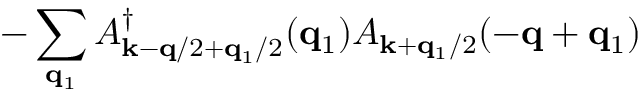
- \sum _ { { \bf { q } } _ { 1 } } A _ { { \bf { k } } - { \bf { q } } / 2 + { \bf { q } } _ { 1 } / 2 } ^ { \dagger } ( { \bf { q } } _ { 1 } ) A _ { { \bf { k } } + { \bf { q } } _ { 1 } / 2 } ( - { \bf { q } } + { \bf { q } } _ { 1 } )